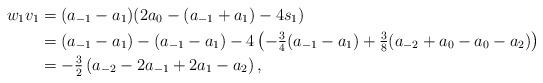
LaTeX: \begin{align*}w_1 v_1 &= (a_{-1} - a_1)(2a_0 - (a_{-1} + a_1) - 4s_{1}) \\&= (a_{-1} - a_1) - (a_{-1} - a_1) -4\left( -\tfrac{3}{4}(a_{-1} - a_1) + \tfrac{3}{8}(a_{-2} + a_0 - a_0 - a_2) \right)\\&= -\tfrac{3}{2}\left( a_{-2} -2a_{-1} + 2a_1 -a_2 \right),\end{align*}